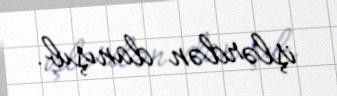
işlərdən danışıb.